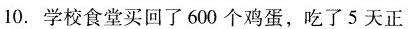
10.学校食堂买回了600个鸡蛋，吃了5天正